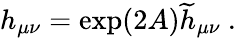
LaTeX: h_{\mu\nu}=\exp(2A){\widetilde h}_{\mu\nu}~.